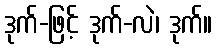
ဒုက်-ဖြင့် ဒုက်-လဲ၊ ဒုက်။